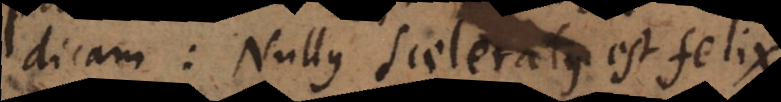
dicam Nullus sceleratus est felix,